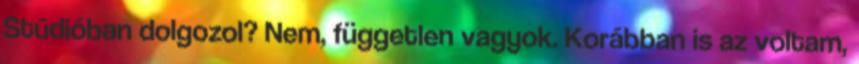
Stúdióban dolgozol? Nem, független vagyok. Korábban is az voltam,